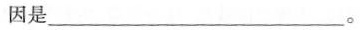
因是___。